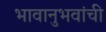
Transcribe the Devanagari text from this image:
भावानुभवांची